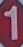
1